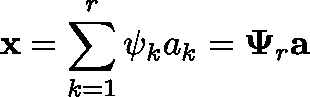
\mathbf { x } = \sum _ { k = 1 } ^ { r } \psi _ { k } a _ { k } = \mathbf { \Psi } _ { r } \mathbf { a }